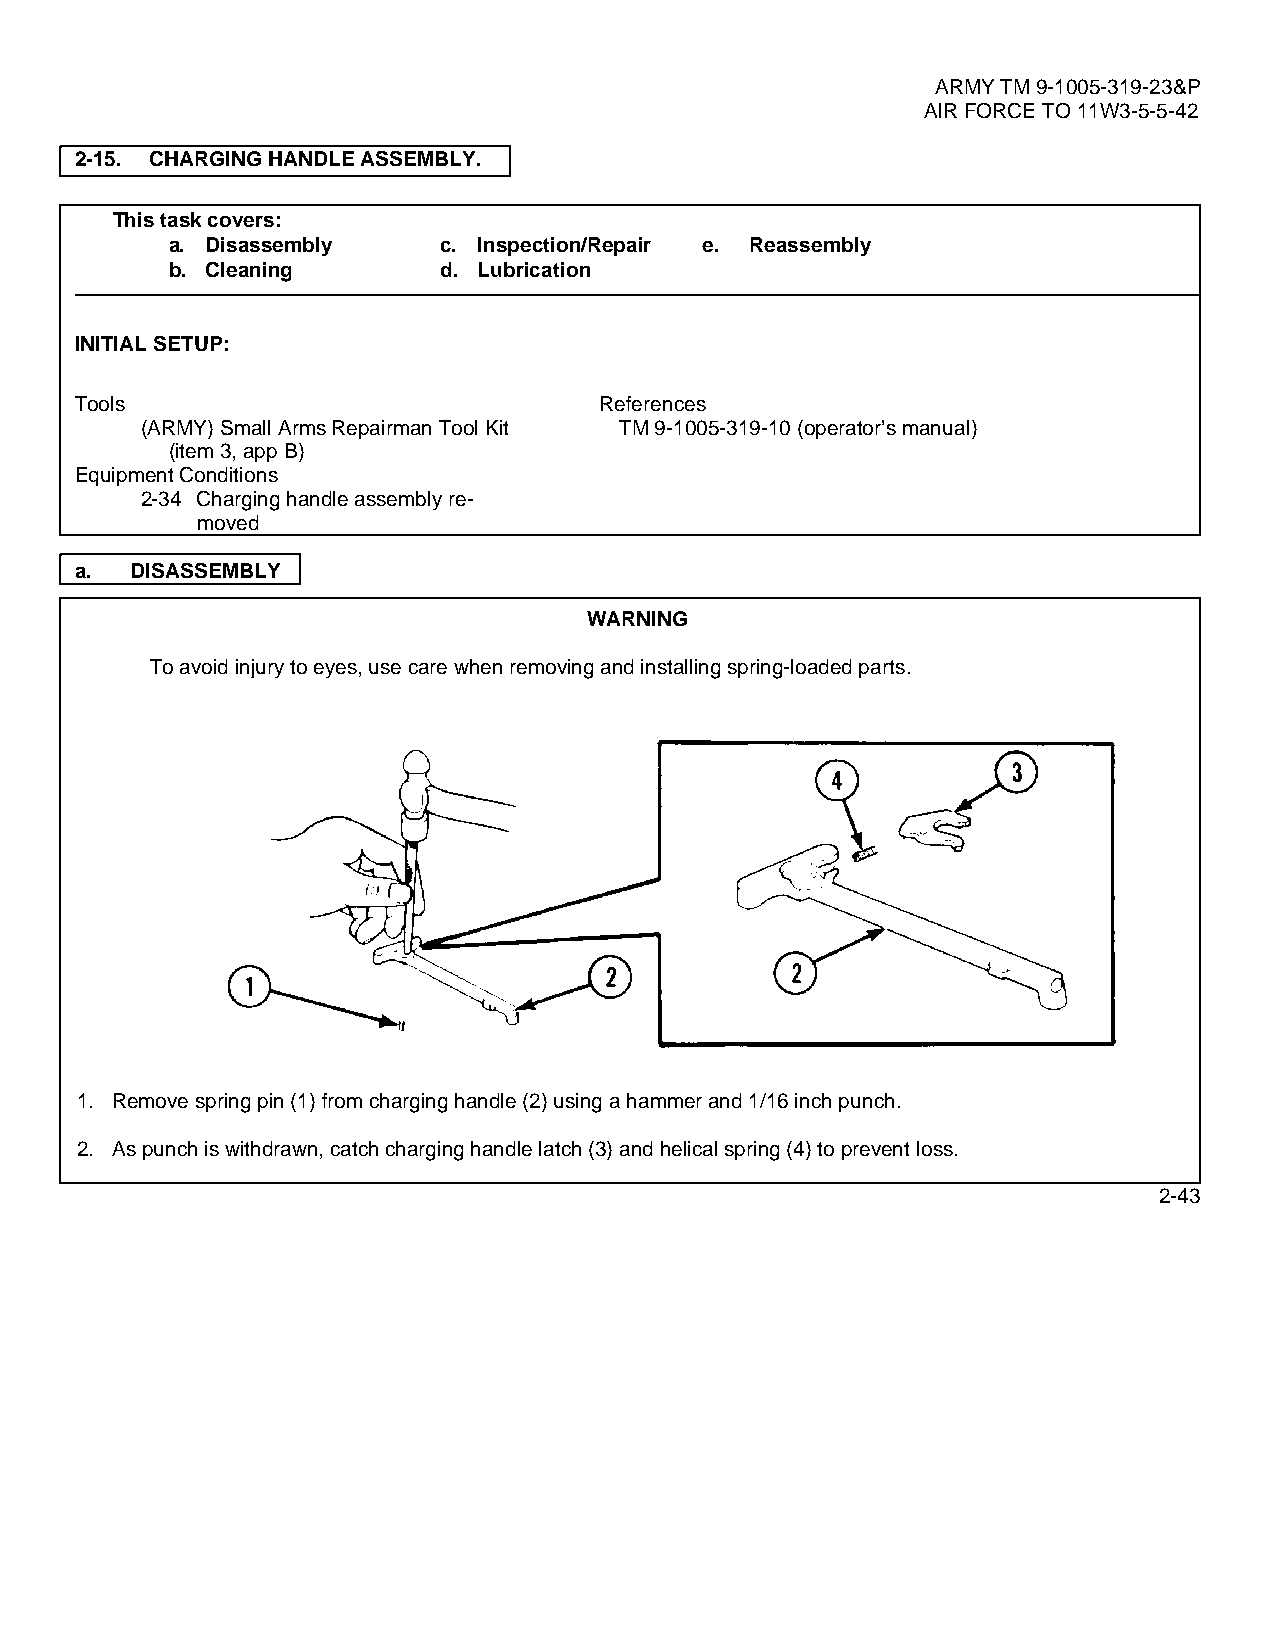
ARMY TM 9-1005-319-23&P
 AIR FORCE TO 11W3-5-5-42
 2-15. CHARGING HANDLE ASSEMBLY.
 This task covers:
 a. Disassembly    c. Inspection/Repair e. Reassembly
 b. Cleaning       d. Lubrication
 INITIAL SETUP:
 Tools                              References
 (ARMY) Small Arms Repairman Tool Kit TM 9-1005-319-10 (operator’s manual)
 (item 3, app B)
 Equipment Conditions
 2-34 Charging handle assembly re-
 moved
 a.  DISASSEMBLY
 WARNING
 To avoid injury to eyes, use care when removing and installing spring-loaded parts.
 1. Remove spring pin (1) from charging handle (2) using a hammer and 1/16 inch punch.
 2. As punch is withdrawn, catch charging handle latch (3) and helical spring (4) to prevent loss.
 2-43